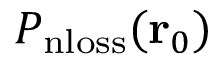
P _ { \mathrm { n l o s s } } ( \mathbf { r } _ { 0 } )